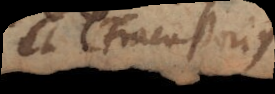
et Fracastorius.